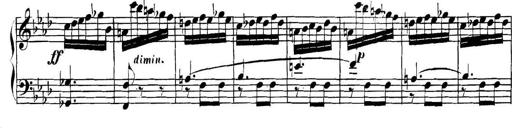
Title: Collected Piano Sonatas
Composer: Muzio Clementi